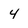
Character: 4